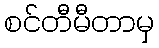
စင်တီမီတာမှ